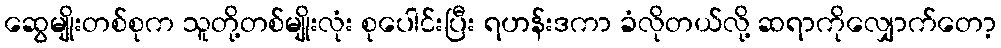
ဆွေမျိုးတစ်စုက သူတို့တစ်မျိုးလုံး စုပေါင်းပြီး ရဟန်းဒကာ ခံလိုတယ်လို့ ဆရာကိုလျှောက်တော့